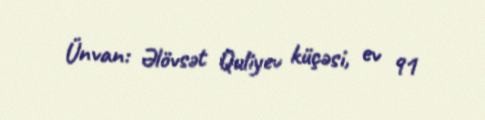
Ünvan: Əlövsət Quliyev küçəsi, ev 91